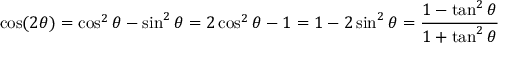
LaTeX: \cos ( 2 \theta ) = \cos ^ { 2 } \theta - \sin ^ { 2 } \theta = 2 \cos ^ { 2 } \theta - 1 = 1 - 2 \sin ^ { 2 } \theta = { \frac { 1 - \tan ^ { 2 } \theta } { 1 + \tan ^ { 2 } \theta } }